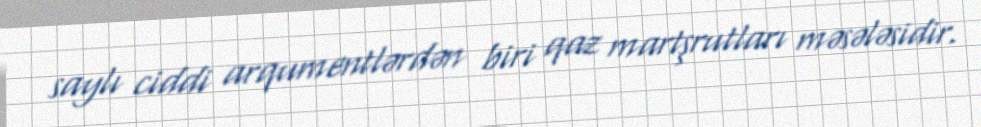
saylı ciddi arqumentlərdən biri qaz martşrutları məsələsidir.